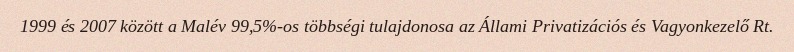
1999 és 2007 között a Malév 99,5%-os többségi tulajdonosa az Állami Privatizációs és Vagyonkezelő Rt.